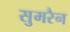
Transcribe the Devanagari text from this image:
सुमरैन